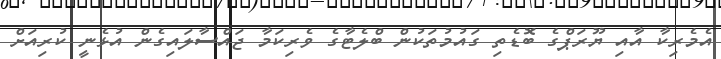
އެމެރިކާ އާއި ޔޫރަޕްގެ ބޮޑެތި ގައުމުތަކުން ބްލެޓާގެ ވެރިކަމާ ޖައްސާލައިގެން އުޅެނީ ކުރިއަށް